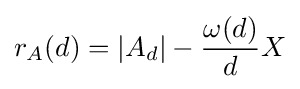
r_{A}(d)=\left|A_{d}\right|-{\frac {\omega (d)}{d}}X